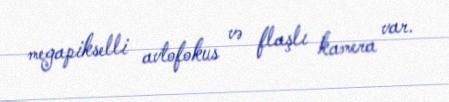
megapikselli avtofokus və flaşlı kamera var.